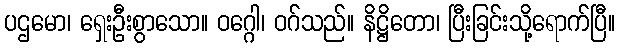
ပဌမော၊ ရှေးဦးစွာသော။ ဝဂ္ဂေါ၊ ဝဂ်သည်။ နိဋ္ဌိတော၊ ပြီးခြင်းသို့ရောက်ပြီ။